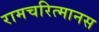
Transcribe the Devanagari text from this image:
रामचरित्मानस